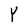
Character: Y